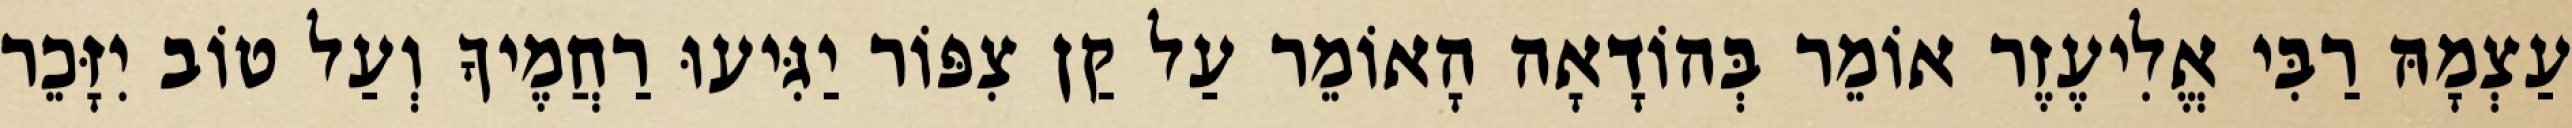
עַצְמָהּ רַבִּי אֱלִיעֶזֶר אוֹמֵר בְּהוֹדָאָה הָאוֹמֵר עַל קַן צִפּוֹר יַגִּיעוּ רַחֲמֶיךָ וְעַל טוֹב יִזָּכֵר